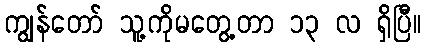
ကျွန်တော် သူ့ကိုမတွေ့တာ ၁၃ လ ရှိပြီ။